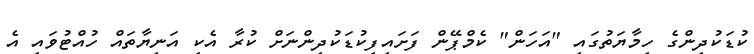
ކުޑަކުދިންގެ ހިމާޔަތުގައި "އަހަން" ކެމްޕޭން ފަށައިފިކުޑަކުދިންނަށް ކުރާ އެކި އަނިޔާތައް ހުއްޓުވައި އެ